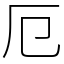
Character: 厄